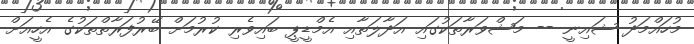
މުހައްމަދު ޝައިނީ -- މަޝްވަރާތަކުގައި އަދާލަތާއި އެމްޑީޕީ ބައިވެރި ކުރުމަށް ބޭރުފަރާތްތަކުގެ އެހީއަށް